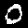
Digit: 0